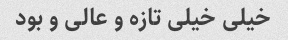
خیلی خیلی تازه و عالی و بود